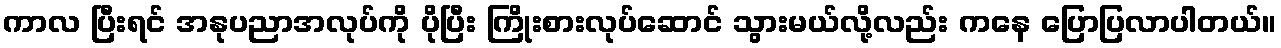
ကာလ ပြီးရင် အနုပညာအလုပ်ကို ပိုပြီး ကြိုးစားလုပ်ဆောင် သွားမယ်လို့လည်း ကနေ ပြောပြလာပါတယ်။